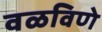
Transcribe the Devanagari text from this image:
वळविणे